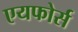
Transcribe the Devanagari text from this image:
एयफोर्स